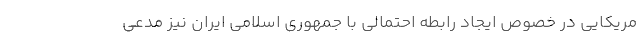
مریکایی در خصوص ایجاد رابطه احتمالی با جمهوری اسلامی ایران نیز مدعی